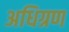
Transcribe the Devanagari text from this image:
अधिग्रण